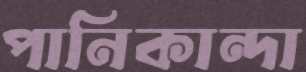
পানিকান্দা